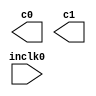
// megafunction wizard: %ALTPLL%VBB%
// GENERATION: STANDARD
// VERSION: WM1.0
// MODULE: altpll 

// ============================================================
// Megafunction Name(s):
// 			altpll
//
// Simulation Library Files(s):
// 			altera_mf
// ============================================================
// ************************************************************
// THIS IS A WIZARD-GENERATED FILE. DO NOT EDIT THIS FILE!
//
// 13.0.1 Build 232 06/12/2013 SP 1 SJ Web Edition
// ************************************************************

//Copyright (C) 1991-2013 Altera Corporation
//Your use of Altera Corporation's design tools, logic functions 
//and other software and tools, and its AMPP partner logic 
//functions, and any output files from any of the foregoing 
//(including device programming or simulation files), and any 
//associated documentation or information are expressly subject 
//to the terms and conditions of the Altera Program License 
//Subscription Agreement, Altera MegaCore Function License 
//Agreement, or other applicable license agreement, including, 
//without limitation, that your use is for the sole purpose of 
//programming logic devices manufactured by Altera and sold by 
//Altera or its authorized distributors.  Please refer to the 
//applicable agreement for further details.

module dcm_cpu (
	inclk0,
	c0,
	c1);

	input	  inclk0;
	output	  c0;
	output	  c1;

endmodule

// ============================================================
// CNX file retrieval info
// ============================================================
// Retrieval info: PRIVATE: ACTIVECLK_CHECK STRING "0"
// Retrieval info: PRIVATE: BANDWIDTH STRING "1.000"
// Retrieval info: PRIVATE: BANDWIDTH_FEATURE_ENABLED STRING "1"
// Retrieval info: PRIVATE: BANDWIDTH_FREQ_UNIT STRING "MHz"
// Retrieval info: PRIVATE: BANDWIDTH_PRESET STRING "High"
// Retrieval info: PRIVATE: BANDWIDTH_USE_AUTO STRING "0"
// Retrieval info: PRIVATE: BANDWIDTH_USE_PRESET STRING "1"
// Retrieval info: PRIVATE: CLKBAD_SWITCHOVER_CHECK STRING "0"
// Retrieval info: PRIVATE: CLKLOSS_CHECK STRING "0"
// Retrieval info: PRIVATE: CLKSWITCH_CHECK STRING "0"
// Retrieval info: PRIVATE: CNX_NO_COMPENSATE_RADIO STRING "0"
// Retrieval info: PRIVATE: CREATE_CLKBAD_CHECK STRING "0"
// Retrieval info: PRIVATE: CREATE_INCLK1_CHECK STRING "0"
// Retrieval info: PRIVATE: CUR_DEDICATED_CLK STRING "c0"
// Retrieval info: PRIVATE: CUR_FBIN_CLK STRING "c0"
// Retrieval info: PRIVATE: DEVICE_SPEED_GRADE STRING "Any"
// Retrieval info: PRIVATE: DIV_FACTOR0 NUMERIC "1"
// Retrieval info: PRIVATE: DIV_FACTOR1 NUMERIC "1"
// Retrieval info: PRIVATE: DUTY_CYCLE0 STRING "50.00000000"
// Retrieval info: PRIVATE: DUTY_CYCLE1 STRING "50.00000000"
// Retrieval info: PRIVATE: EFF_OUTPUT_FREQ_VALUE0 STRING "90.000000"
// Retrieval info: PRIVATE: EFF_OUTPUT_FREQ_VALUE1 STRING "90.000000"
// Retrieval info: PRIVATE: EXPLICIT_SWITCHOVER_COUNTER STRING "0"
// Retrieval info: PRIVATE: EXT_FEEDBACK_RADIO STRING "0"
// Retrieval info: PRIVATE: GLOCKED_COUNTER_EDIT_CHANGED STRING "1"
// Retrieval info: PRIVATE: GLOCKED_FEATURE_ENABLED STRING "0"
// Retrieval info: PRIVATE: GLOCKED_MODE_CHECK STRING "0"
// Retrieval info: PRIVATE: GLOCK_COUNTER_EDIT NUMERIC "1048575"
// Retrieval info: PRIVATE: HAS_MANUAL_SWITCHOVER STRING "1"
// Retrieval info: PRIVATE: INCLK0_FREQ_EDIT STRING "50.000"
// Retrieval info: PRIVATE: INCLK0_FREQ_UNIT_COMBO STRING "MHz"
// Retrieval info: PRIVATE: INCLK1_FREQ_EDIT STRING "100.000"
// Retrieval info: PRIVATE: INCLK1_FREQ_EDIT_CHANGED STRING "1"
// Retrieval info: PRIVATE: INCLK1_FREQ_UNIT_CHANGED STRING "1"
// Retrieval info: PRIVATE: INCLK1_FREQ_UNIT_COMBO STRING "MHz"
// Retrieval info: PRIVATE: INTENDED_DEVICE_FAMILY STRING "Cyclone IV E"
// Retrieval info: PRIVATE: INT_FEEDBACK__MODE_RADIO STRING "1"
// Retrieval info: PRIVATE: LOCKED_OUTPUT_CHECK STRING "0"
// Retrieval info: PRIVATE: LONG_SCAN_RADIO STRING "1"
// Retrieval info: PRIVATE: LVDS_MODE_DATA_RATE STRING "Not Available"
// Retrieval info: PRIVATE: LVDS_MODE_DATA_RATE_DIRTY NUMERIC "0"
// Retrieval info: PRIVATE: LVDS_PHASE_SHIFT_UNIT0 STRING "deg"
// Retrieval info: PRIVATE: LVDS_PHASE_SHIFT_UNIT1 STRING "deg"
// Retrieval info: PRIVATE: MIG_DEVICE_SPEED_GRADE STRING "Any"
// Retrieval info: PRIVATE: MIRROR_CLK0 STRING "0"
// Retrieval info: PRIVATE: MIRROR_CLK1 STRING "0"
// Retrieval info: PRIVATE: MULT_FACTOR0 NUMERIC "1"
// Retrieval info: PRIVATE: MULT_FACTOR1 NUMERIC "1"
// Retrieval info: PRIVATE: NORMAL_MODE_RADIO STRING "1"
// Retrieval info: PRIVATE: OUTPUT_FREQ0 STRING "90.00000000"
// Retrieval info: PRIVATE: OUTPUT_FREQ1 STRING "90.00000000"
// Retrieval info: PRIVATE: OUTPUT_FREQ_MODE0 STRING "1"
// Retrieval info: PRIVATE: OUTPUT_FREQ_MODE1 STRING "1"
// Retrieval info: PRIVATE: OUTPUT_FREQ_UNIT0 STRING "MHz"
// Retrieval info: PRIVATE: OUTPUT_FREQ_UNIT1 STRING "MHz"
// Retrieval info: PRIVATE: PHASE_RECONFIG_FEATURE_ENABLED STRING "1"
// Retrieval info: PRIVATE: PHASE_RECONFIG_INPUTS_CHECK STRING "0"
// Retrieval info: PRIVATE: PHASE_SHIFT0 STRING "0.00000000"
// Retrieval info: PRIVATE: PHASE_SHIFT1 STRING "0.00000000"
// Retrieval info: PRIVATE: PHASE_SHIFT_STEP_ENABLED_CHECK STRING "0"
// Retrieval info: PRIVATE: PHASE_SHIFT_UNIT0 STRING "deg"
// Retrieval info: PRIVATE: PHASE_SHIFT_UNIT1 STRING "deg"
// Retrieval info: PRIVATE: PLL_ADVANCED_PARAM_CHECK STRING "1"
// Retrieval info: PRIVATE: PLL_ARESET_CHECK STRING "0"
// Retrieval info: PRIVATE: PLL_AUTOPLL_CHECK NUMERIC "1"
// Retrieval info: PRIVATE: PLL_ENHPLL_CHECK NUMERIC "0"
// Retrieval info: PRIVATE: PLL_FASTPLL_CHECK NUMERIC "0"
// Retrieval info: PRIVATE: PLL_FBMIMIC_CHECK STRING "0"
// Retrieval info: PRIVATE: PLL_LVDS_PLL_CHECK NUMERIC "0"
// Retrieval info: PRIVATE: PLL_PFDENA_CHECK STRING "0"
// Retrieval info: PRIVATE: PLL_TARGET_HARCOPY_CHECK NUMERIC "0"
// Retrieval info: PRIVATE: PRIMARY_CLK_COMBO STRING "inclk0"
// Retrieval info: PRIVATE: RECONFIG_FILE STRING "dcm_cpu.mif"
// Retrieval info: PRIVATE: SACN_INPUTS_CHECK STRING "0"
// Retrieval info: PRIVATE: SCAN_FEATURE_ENABLED STRING "1"
// Retrieval info: PRIVATE: SELF_RESET_LOCK_LOSS STRING "0"
// Retrieval info: PRIVATE: SHORT_SCAN_RADIO STRING "0"
// Retrieval info: PRIVATE: SPREAD_FEATURE_ENABLED STRING "0"
// Retrieval info: PRIVATE: SPREAD_FREQ STRING "50.000"
// Retrieval info: PRIVATE: SPREAD_FREQ_UNIT STRING "KHz"
// Retrieval info: PRIVATE: SPREAD_PERCENT STRING "0.500"
// Retrieval info: PRIVATE: SPREAD_USE STRING "0"
// Retrieval info: PRIVATE: SRC_SYNCH_COMP_RADIO STRING "0"
// Retrieval info: PRIVATE: STICKY_CLK0 STRING "1"
// Retrieval info: PRIVATE: STICKY_CLK1 STRING "1"
// Retrieval info: PRIVATE: SWITCHOVER_COUNT_EDIT NUMERIC "1"
// Retrieval info: PRIVATE: SWITCHOVER_FEATURE_ENABLED STRING "1"
// Retrieval info: PRIVATE: SYNTH_WRAPPER_GEN_POSTFIX STRING "0"
// Retrieval info: PRIVATE: USE_CLK0 STRING "1"
// Retrieval info: PRIVATE: USE_CLK1 STRING "1"
// Retrieval info: PRIVATE: USE_CLKENA0 STRING "0"
// Retrieval info: PRIVATE: USE_CLKENA1 STRING "0"
// Retrieval info: PRIVATE: USE_MIL_SPEED_GRADE NUMERIC "0"
// Retrieval info: PRIVATE: ZERO_DELAY_RADIO STRING "0"
// Retrieval info: LIBRARY: altera_mf altera_mf.altera_mf_components.all
// Retrieval info: CONSTANT: CHARGE_PUMP_CURRENT_BITS NUMERIC "1"
// Retrieval info: CONSTANT: COMPENSATE_CLOCK STRING "CLK0"
// Retrieval info: CONSTANT: INCLK0_INPUT_FREQUENCY NUMERIC "20000"
// Retrieval info: CONSTANT: INTENDED_DEVICE_FAMILY STRING "Cyclone IV E"
// Retrieval info: CONSTANT: LOOP_FILTER_C_BITS NUMERIC "0"
// Retrieval info: CONSTANT: LOOP_FILTER_R_BITS NUMERIC "27"
// Retrieval info: CONSTANT: LPM_TYPE STRING "altpll"
// Retrieval info: CONSTANT: M NUMERIC "9"
// Retrieval info: CONSTANT: M_INITIAL NUMERIC "1"
// Retrieval info: CONSTANT: M_PH NUMERIC "0"
// Retrieval info: CONSTANT: N NUMERIC "1"
// Retrieval info: CONSTANT: OPERATION_MODE STRING "NORMAL"
// Retrieval info: CONSTANT: PLL_TYPE STRING "AUTO"
// Retrieval info: CONSTANT: PORT_ACTIVECLOCK STRING "PORT_UNUSED"
// Retrieval info: CONSTANT: PORT_ARESET STRING "PORT_UNUSED"
// Retrieval info: CONSTANT: PORT_CLKBAD0 STRING "PORT_UNUSED"
// Retrieval info: CONSTANT: PORT_CLKBAD1 STRING "PORT_UNUSED"
// Retrieval info: CONSTANT: PORT_CLKLOSS STRING "PORT_UNUSED"
// Retrieval info: CONSTANT: PORT_CLKSWITCH STRING "PORT_UNUSED"
// Retrieval info: CONSTANT: PORT_CONFIGUPDATE STRING "PORT_UNUSED"
// Retrieval info: CONSTANT: PORT_FBIN STRING "PORT_UNUSED"
// Retrieval info: CONSTANT: PORT_INCLK0 STRING "PORT_USED"
// Retrieval info: CONSTANT: PORT_INCLK1 STRING "PORT_UNUSED"
// Retrieval info: CONSTANT: PORT_LOCKED STRING "PORT_UNUSED"
// Retrieval info: CONSTANT: PORT_PFDENA STRING "PORT_UNUSED"
// Retrieval info: CONSTANT: PORT_PHASECOUNTERSELECT STRING "PORT_UNUSED"
// Retrieval info: CONSTANT: PORT_PHASEDONE STRING "PORT_UNUSED"
// Retrieval info: CONSTANT: PORT_PHASESTEP STRING "PORT_UNUSED"
// Retrieval info: CONSTANT: PORT_PHASEUPDOWN STRING "PORT_UNUSED"
// Retrieval info: CONSTANT: PORT_PLLENA STRING "PORT_UNUSED"
// Retrieval info: CONSTANT: PORT_SCANACLR STRING "PORT_UNUSED"
// Retrieval info: CONSTANT: PORT_SCANCLK STRING "PORT_UNUSED"
// Retrieval info: CONSTANT: PORT_SCANCLKENA STRING "PORT_UNUSED"
// Retrieval info: CONSTANT: PORT_SCANDATA STRING "PORT_UNUSED"
// Retrieval info: CONSTANT: PORT_SCANDATAOUT STRING "PORT_UNUSED"
// Retrieval info: CONSTANT: PORT_SCANDONE STRING "PORT_UNUSED"
// Retrieval info: CONSTANT: PORT_SCANREAD STRING "PORT_UNUSED"
// Retrieval info: CONSTANT: PORT_SCANWRITE STRING "PORT_UNUSED"
// Retrieval info: CONSTANT: PORT_clk0 STRING "PORT_USED"
// Retrieval info: CONSTANT: PORT_clk1 STRING "PORT_USED"
// Retrieval info: CONSTANT: PORT_clk2 STRING "PORT_UNUSED"
// Retrieval info: CONSTANT: PORT_clk3 STRING "PORT_UNUSED"
// Retrieval info: CONSTANT: PORT_clk4 STRING "PORT_UNUSED"
// Retrieval info: CONSTANT: PORT_clk5 STRING "PORT_UNUSED"
// Retrieval info: CONSTANT: PORT_clkena0 STRING "PORT_UNUSED"
// Retrieval info: CONSTANT: PORT_clkena1 STRING "PORT_UNUSED"
// Retrieval info: CONSTANT: PORT_clkena2 STRING "PORT_UNUSED"
// Retrieval info: CONSTANT: PORT_clkena3 STRING "PORT_UNUSED"
// Retrieval info: CONSTANT: PORT_clkena4 STRING "PORT_UNUSED"
// Retrieval info: CONSTANT: PORT_clkena5 STRING "PORT_UNUSED"
// Retrieval info: CONSTANT: PORT_extclk0 STRING "PORT_UNUSED"
// Retrieval info: CONSTANT: PORT_extclk1 STRING "PORT_UNUSED"
// Retrieval info: CONSTANT: PORT_extclk2 STRING "PORT_UNUSED"
// Retrieval info: CONSTANT: PORT_extclk3 STRING "PORT_UNUSED"
// Retrieval info: CONSTANT: VCO_POST_SCALE NUMERIC "2"
// Retrieval info: CONSTANT: WIDTH_CLOCK NUMERIC "5"
// Retrieval info: CONSTANT: c0_high NUMERIC "3"
// Retrieval info: CONSTANT: c0_initial NUMERIC "1"
// Retrieval info: CONSTANT: c0_low NUMERIC "2"
// Retrieval info: CONSTANT: c0_mode STRING "odd"
// Retrieval info: CONSTANT: c0_ph NUMERIC "0"
// Retrieval info: CONSTANT: c1_high NUMERIC "3"
// Retrieval info: CONSTANT: c1_initial NUMERIC "1"
// Retrieval info: CONSTANT: c1_low NUMERIC "2"
// Retrieval info: CONSTANT: c1_mode STRING "odd"
// Retrieval info: CONSTANT: c1_ph NUMERIC "0"
// Retrieval info: CONSTANT: clk0_counter STRING "c0"
// Retrieval info: CONSTANT: clk1_counter STRING "c1"
// Retrieval info: USED_PORT: @clk 0 0 5 0 OUTPUT_CLK_EXT VCC "@clk[4..0]"
// Retrieval info: USED_PORT: c0 0 0 0 0 OUTPUT_CLK_EXT VCC "c0"
// Retrieval info: USED_PORT: c1 0 0 0 0 OUTPUT_CLK_EXT VCC "c1"
// Retrieval info: USED_PORT: inclk0 0 0 0 0 INPUT_CLK_EXT GND "inclk0"
// Retrieval info: CONNECT: @inclk 0 0 1 1 GND 0 0 0 0
// Retrieval info: CONNECT: @inclk 0 0 1 0 inclk0 0 0 0 0
// Retrieval info: CONNECT: c0 0 0 0 0 @clk 0 0 1 0
// Retrieval info: CONNECT: c1 0 0 0 0 @clk 0 0 1 1
// Retrieval info: GEN_FILE: TYPE_NORMAL dcm_cpu.v TRUE
// Retrieval info: GEN_FILE: TYPE_NORMAL dcm_cpu.ppf TRUE
// Retrieval info: GEN_FILE: TYPE_NORMAL dcm_cpu.inc FALSE
// Retrieval info: GEN_FILE: TYPE_NORMAL dcm_cpu.cmp FALSE
// Retrieval info: GEN_FILE: TYPE_NORMAL dcm_cpu.bsf FALSE
// Retrieval info: GEN_FILE: TYPE_NORMAL dcm_cpu_inst.v FALSE
// Retrieval info: GEN_FILE: TYPE_NORMAL dcm_cpu_bb.v TRUE
// Retrieval info: LIB_FILE: altera_mf
// Retrieval info: CBX_MODULE_PREFIX: ON